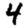
Digit: 4